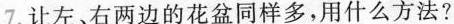
7.让左、右两边的花盆同样多，用什么方法?